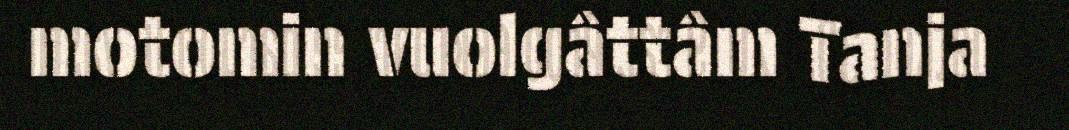
motomin vuolgâttâm Tanja